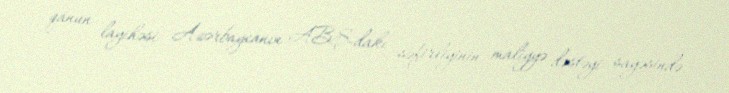
qanun layihəsi Azərbaycanın ABŞ-dakı səfirliyinin maliyyə dəstəyi sayəsində